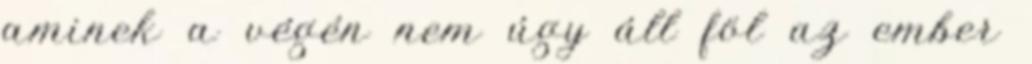
aminek a végén nem úgy áll föl az ember